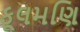
ફૂલમણિ